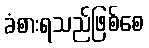
ခံစားရသည်ဖြစ်စေ